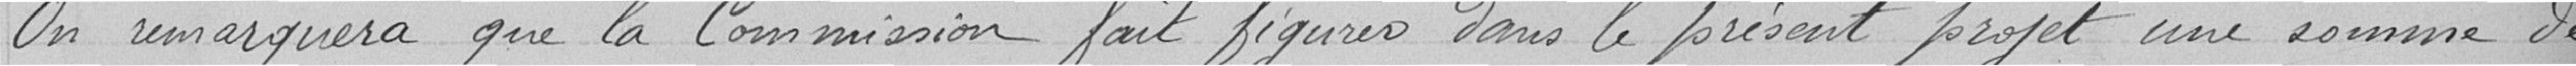
On remarquera que la Commission fait figurer dans le présent projet une somme de